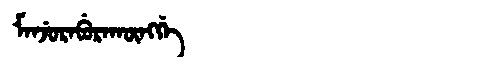
Manchu: ᠮᠠᠨᠵᡠᡵᠠᠪᡠᡵᠠᡴᡡᠩᡤᡝ
Romanization: MANJURABURAKŪNGGE